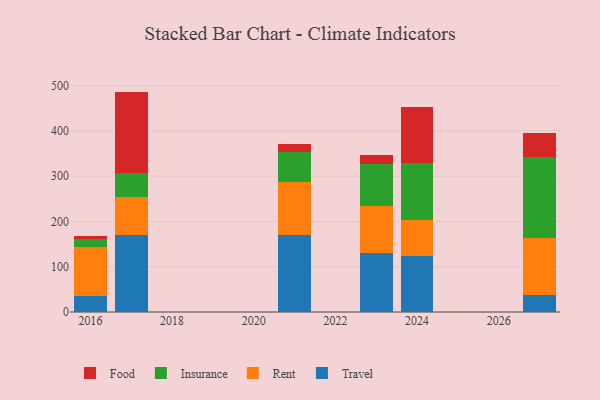
{"axis": {"x": "Year", "y": "Headcount"}, "legend": ["Food", "Insurance", "Rent", "Travel"], "data": [{"x": "2016", "y": 35.0, "type": "Travel"}, {"x": "2016", "y": 108.5, "type": "Rent"}, {"x": "2016", "y": 18.0, "type": "Insurance"}, {"x": "2016", "y": 7.3, "type": "Food"}, {"x": "2017", "y": 169.5, "type": "Travel"}, {"x": "2017", "y": 84.2, "type": "Rent"}, {"x": "2017", "y": 53.0, "type": "Insurance"}, {"x": "2017", "y": 179.9, "type": "Food"}, {"x": "2021", "y": 169.8, "type": "Travel"}, {"x": "2021", "y": 118.1, "type": "Rent"}, {"x": "2021", "y": 66.1, "type": "Insurance"}, {"x": "2021", "y": 16.3, "type": "Food"}, {"x": "2023", "y": 129.2, "type": "Travel"}, {"x": "2023", "y": 103.8, "type": "Rent"}, {"x": "2023", "y": 93.6, "type": "Insurance"}, {"x": "2023", "y": 19.0, "type": "Food"}, {"x": "2024", "y": 124.6, "type": "Travel"}, {"x": "2024", "y": 78.8, "type": "Rent"}, {"x": "2024", "y": 126.5, "type": "Insurance"}, {"x": "2024", "y": 123.6, "type": "Food"}, {"x": "2027", "y": 38.5, "type": "Travel"}, {"x": "2027", "y": 125.4, "type": "Rent"}, {"x": "2027", "y": 178.8, "type": "Insurance"}, {"x": "2027", "y": 52.5, "type": "Food"}]}